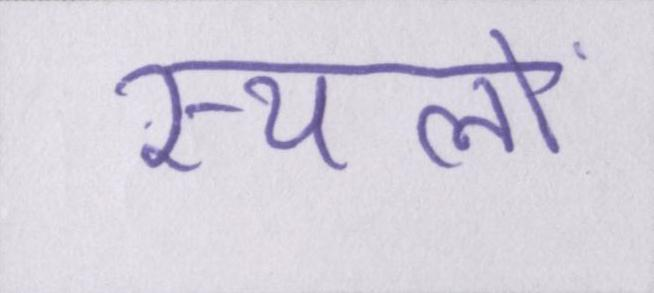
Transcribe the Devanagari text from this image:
स्थलों